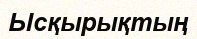
Ысқырықтың